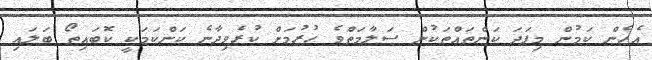
އެހެން ކަމުން މިފަދަ ކަންތައްތަކުން ސަލާމަތްވެ ހުރުމަށް ކުރެވިދާނެ ކަންކަމަކީ ކޮބައިތޯ ބަލައި